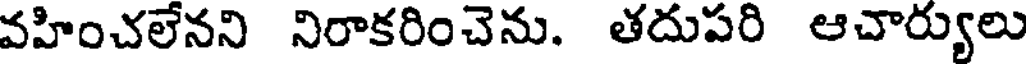
వహించలేనని నిరాకరించెను. తదుపరి ఆచార్యులు